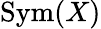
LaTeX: \operatorname{Sym}(X)